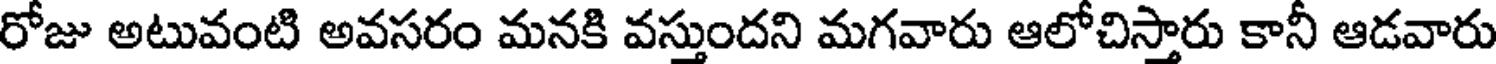
రోజు అటువంటి అవసరం మనకి వస్తుందని మగవారు ఆలోచిస్తారు కానీ ఆడవారు